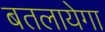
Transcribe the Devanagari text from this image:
बतलायेगा